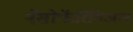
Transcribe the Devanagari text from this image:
नॅसोफॅरिंगिअल